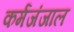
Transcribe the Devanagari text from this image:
कर्मजंजाल